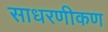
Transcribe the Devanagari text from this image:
साधरणीकण